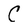
Character: C